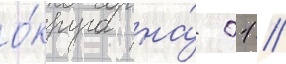
о́круга на́ 01 //